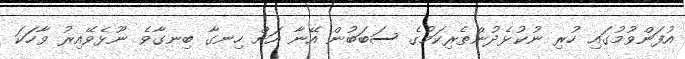
އުފަންވުމުގައި ހުރި ނުކުޅެދުންތެރިކަމުގެ ސަބަބުން އޭނާ އަށް ހިނގާ ބިނގާވެ ނޫޅެވޭއިރު ވާހަކަ